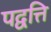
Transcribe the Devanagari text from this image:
पद्वत्ति